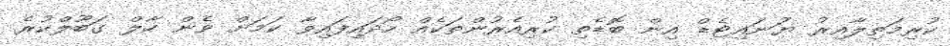
ކުރިމަތިލާއިރު ޔުަނައިޓެޑް އިން ބޮޑެތި ކުރިއެރުންތަކެއް ހޯދައިފައިވާ ކަމަށް ވެން ހާލް ގަބޫލްކުރެ